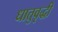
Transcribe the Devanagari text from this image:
धातुवृद्धी